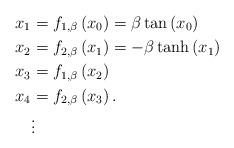
LaTeX: \begin{align*}x_{1} & =f_{1,\beta}\left( x_{0}\right) =\beta\tan\left( x_{0}\right) \\x_{2} & =f_{2,\beta}\left( x_{1}\right) =-\beta\tanh\left( x_{1}\right)\\x_{3} & =f_{1,\beta}\left( x_{2}\right) \\x_{4} & =f_{2,\beta}\left( x_{3}\right) .\\& \vdots\end{align*}